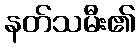
နတ်သမီး၏